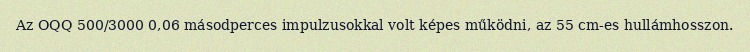
Az OQQ 500/3000 0,06 másodperces impulzusokkal volt képes működni, az 55 cm-es hullámhosszon.